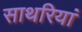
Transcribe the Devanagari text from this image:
साथरियां